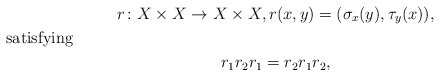
\begin{gather*}r\colon X\times X\to X\times X,r(x,y)=(\sigma_x(y),\tau_y(x)), \shortintertext{satisfying}r_1 r_2 r_1=r_2 r_1 r_2,\end{gather*}